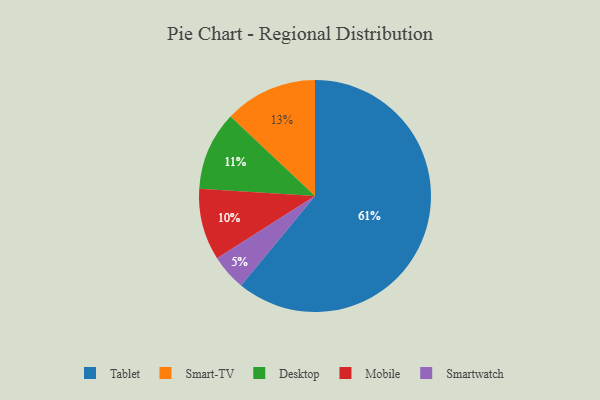
{"axis": {"x": "Category", "y": "Percentage"}, "legend": ["Desktop", "Mobile", "Smart-TV", "Smartwatch", "Tablet"], "data": [{"x": "Smart-TV", "y": 13, "type": "Smart-TV"}, {"x": "Mobile", "y": 10, "type": "Mobile"}, {"x": "Tablet", "y": 61, "type": "Tablet"}, {"x": "Smartwatch", "y": 5, "type": "Smartwatch"}, {"x": "Desktop", "y": 11, "type": "Desktop"}]}